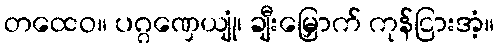
တထေဝ။ ပဂ္ဂဏှေယျုံ၊ ချီးမြှောက် ကုန်ငြားအံ့။